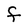
Character: F